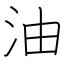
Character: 油